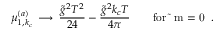
\mu _ { 1 , k _ { c } } ^ { ( a ) } \, \longrightarrow \, { \frac { \tilde { g } ^ { 2 } T ^ { 2 } } { 2 4 } } - { \frac { \tilde { g } ^ { 2 } k _ { c } T } { 4 \pi } } \qquad \mathrm { f o r ~ \tilde { ~ } m = 0 ~ } \; .